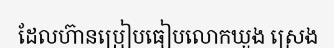
ដែលហ៊ានប្រៀបធៀបលោកឃួង ស្រេង